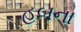
હબના